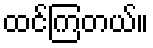
ထင်ကြတယ်။